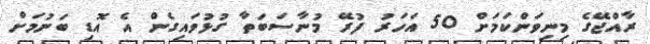
ރާއްޖޭގެ މިނިވަންކަމަށް 50 އަހަރު ފުރޭ މުނާސަބަތާ ގުޅުވައިގެން އެ އޮޑި ބަނުމަށް